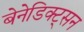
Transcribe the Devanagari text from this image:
बेनेडिक्ट्सन